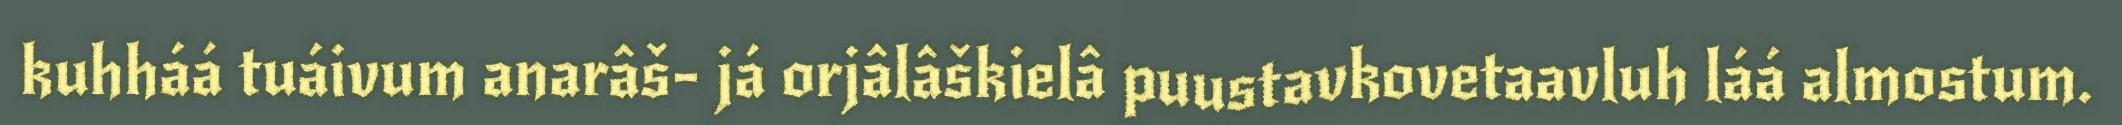
kuhháá tuáivum anarâš- já orjâlâškielâ puustavkovetaavluh láá almostum.